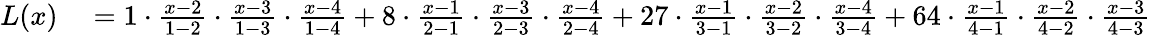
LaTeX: \begin{array}{rl}{L(x)}&{{}={1}\cdot{\frac{x-2}{1-2}}\cdot{\frac{x-3}{1-3}}\cdot{\frac{x-4}{1-4}}+{8}\cdot{\frac{x-1}{2-1}}\cdot{\frac{x-3}{2-3}}\cdot{\frac{x-4}{2-4}}+{27}\cdot{\frac{x-1}{3-1}}\cdot{\frac{x-2}{3-2}}\cdot{\frac{x-4}{3-4}}+{64}\cdot{\frac{x-1}{4-1}}\cdot{\frac{x-2}{4-2}}\cdot{\frac{x-3}{4-3}}}\end{array}